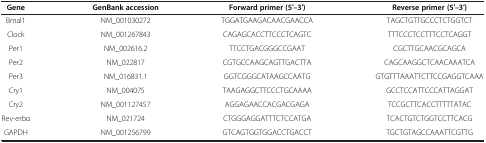
| Gene | GenBank accession | Forward primer (5′–3′) | Reverse primer (5′–3′) |
 | --- | --- | --- | --- |
 | Bmal1 | NM_001030272 | TGGATGAAGACAACGAACCA | TAGCTGTTGCCCTCTGGTCT |
 | Clock | NM_001267843 | CAGAGCACCTTCCCTCAGTC | TTTCCCTCCTTTCCTCAGGT |
 | Per1 | NM_002616.2 | TTCCTGACGGGCCGAAT | CGCTTGCAACGCAGCA |
 | Per2 | NM_022817 | CGTGCCAAGCAGTTGACTTA | CAGCAAGGCTCAACAAATCA |
 | Per3 | NM_016831.1 | GGTCGGGCATAAGCCAATG | GTGTTTAAATTCTTCCGAGGTCAAA |
 | Cry1 | NM_004075 | TAAGAGGCTTCCCTGCAAAA | GCCTCCATTCCCATTAGGAT |
 | Cry2 | NM_001127457 | AGGAGAACCACGACGAGA | TCCGCTTCACCTTTTTATAC |
 | Rev-erbα | NM_021724 | CTGGGAGGATTTCTCCATGA | TCACTGTCTGGTCCTTCACG |
 | GAPDH | NM_001256799 | GTCAGTGGTGGACCTGACCT | TGCTGTAGCCAAATTCGTTG |